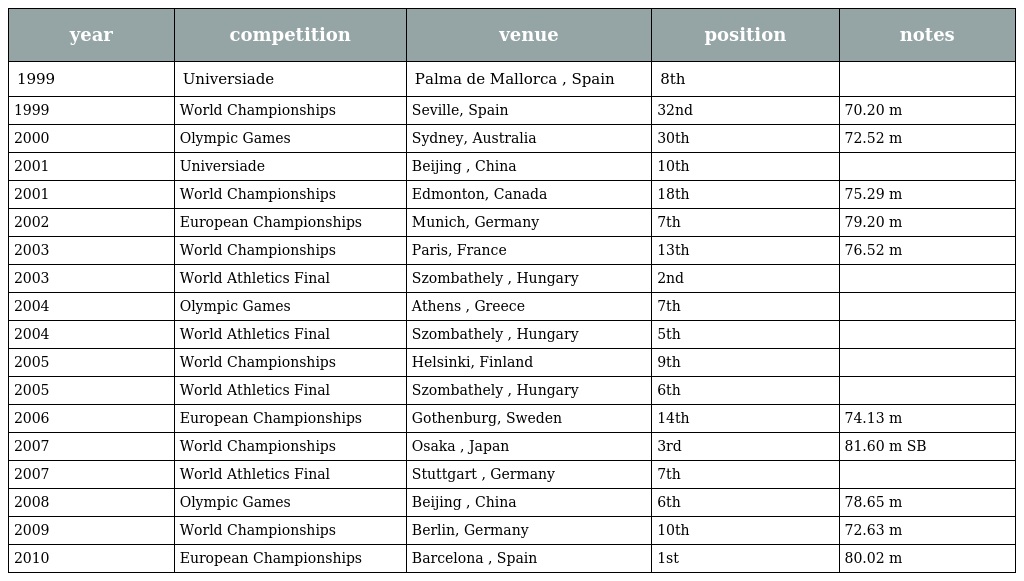
| year | competition | venue | position | notes |
 | --- | --- | --- | --- | --- |
 | 1999 | Universiade | Palma de Mallorca , Spain | 8th |  |
 | 1999 | World Championships | Seville, Spain | 32nd | 70.20 m |
 | 2000 | Olympic Games | Sydney, Australia | 30th | 72.52 m |
 | 2001 | Universiade | Beijing , China | 10th |  |
 | 2001 | World Championships | Edmonton, Canada | 18th | 75.29 m |
 | 2002 | European Championships | Munich, Germany | 7th | 79.20 m |
 | 2003 | World Championships | Paris, France | 13th | 76.52 m |
 | 2003 | World Athletics Final | Szombathely , Hungary | 2nd |  |
 | 2004 | Olympic Games | Athens , Greece | 7th |  |
 | 2004 | World Athletics Final | Szombathely , Hungary | 5th |  |
 | 2005 | World Championships | Helsinki, Finland | 9th |  |
 | 2005 | World Athletics Final | Szombathely , Hungary | 6th |  |
 | 2006 | European Championships | Gothenburg, Sweden | 14th | 74.13 m |
 | 2007 | World Championships | Osaka , Japan | 3rd | 81.60 m SB |
 | 2007 | World Athletics Final | Stuttgart , Germany | 7th |  |
 | 2008 | Olympic Games | Beijing , China | 6th | 78.65 m |
 | 2009 | World Championships | Berlin, Germany | 10th | 72.63 m |
 | 2010 | European Championships | Barcelona , Spain | 1st | 80.02 m |